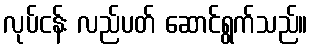
လုပ်ငန်း လည်ပတ် ဆောင်ရွက်သည်။